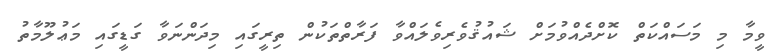
ވީމާ މި މަސައްކަތް ކޮށްދެއްވުމަށް ޝައުޤުވެރިވެލައްވާ ފަރާތްތަކުން ތިރީގައި މިދަންނަވާ ގަޑީގައި މަޢުލޫމާތު